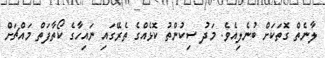
ލާނެތް ގޮތަކަށް ބުނެލިއެވެ. މަދު ސިކުންތު ކޮޅެއްގެ ތެރޭގައި ނައިހާގެ ކޯތާފަތް މައްޗަށް